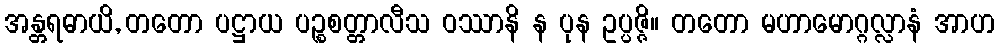
အန္တရဓာယိ, တတော ပဋ္ဌာယ ပဉ္စစတ္တာလီသ ဝဿာနိ န ပုန ဥပ္ပဇ္ဇိ။ တတော မဟာမောဂ္ဂလ္လာနံ အာဟ